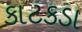
કાટકડા